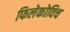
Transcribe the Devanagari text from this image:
फिलेकोविच